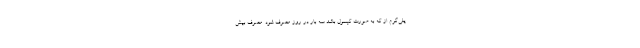
یلی‌گرم از که به صورت کپسول باشد سه بار در روز مصرف شود. مصرف بیش